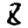
Digit: 8